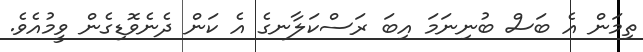
ތިމަން އެ ބަސް ބުނިނަމަ އިބަ ރަސްކަލާނގެ އެ ކަން ދެނެވޮޑިގެން ވީމުއެވެ.